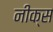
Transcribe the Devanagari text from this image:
नीक्स